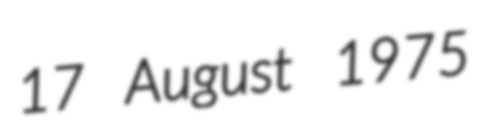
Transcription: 17 August 1975